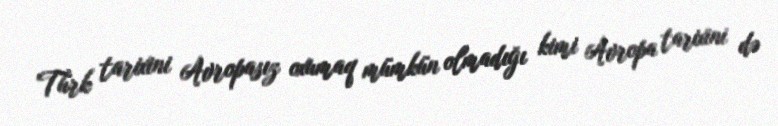
Türk tarixini Avropasız oxumaq mümkün olmadığı kimi Avropa tarixini də